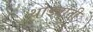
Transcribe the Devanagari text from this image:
थोड्यांनी